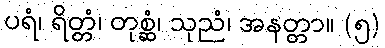
ပရံ၊ ရိတ္တံ၊ တုစ္ဆံ၊ သုညံ၊ အနတ္တာ။ (၅)